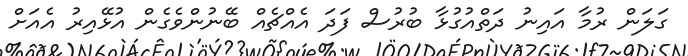
ގަލަން ރުމާ އައިނު ދަތްއުގުޅާ ބުރުސް ފަދަ އެއްޗެއް ބޭނުންވެގެން އުޅޭއިރު އެއަށް